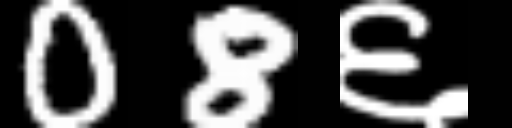
Text: 08६